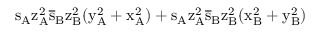
\mathrm { s _ { A } \mathrm { z _ { A } ^ { 2 } \mathrm { \overline { { s } } _ { B } \mathrm { z _ { B } ^ { 2 } ( \mathrm { y _ { A } ^ { 2 } + \mathrm { x _ { A } ^ { 2 } ) + \mathrm { s _ { A } \mathrm { z _ { A } ^ { 2 } \mathrm { \overline { { s } } _ { B } \mathrm { z _ { B } ^ { 2 } ( \mathrm { x _ { B } ^ { 2 } + \mathrm { y _ { B } ^ { 2 } ) } } } } } } } } } } } }